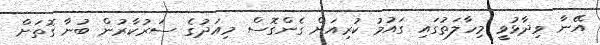
އޭނާ ވިދާޅުވީ މިހާލަތުގައި ގައުމު ކުރިއަށް ގެންގޮސް މިއަދުގެ ސަރުކާރުން ބުނާ ގޮތަށް